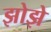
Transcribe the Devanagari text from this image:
झोझे